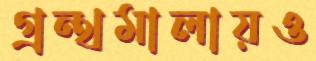
গ্রন্থমালায়ও